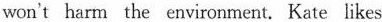
won't harm the environment. Kate likes